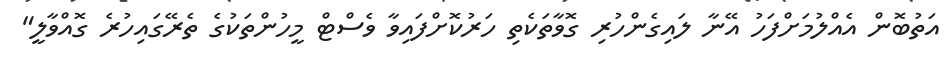
އަތުބޮން އެއްލުމަށްފަހު އޭނާ ލައިގެންހުރި ގޮވާތަކެތި ހަރުކޮށްފައިވާ ވެސްޓް މީހުންތަކުގެ ތެރޭގައިހުރެ ގޮއްވާލީ"